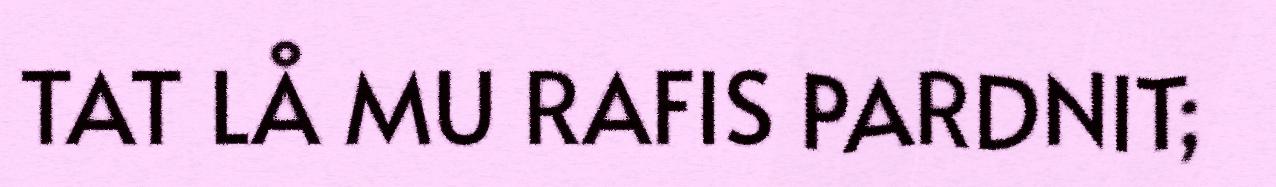
TAT LÅ MU RAFIS PARDNIT;